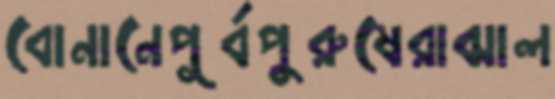
বোনানেপূর্বপুরুষেরাঝাল